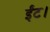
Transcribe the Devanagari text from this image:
ईंट।